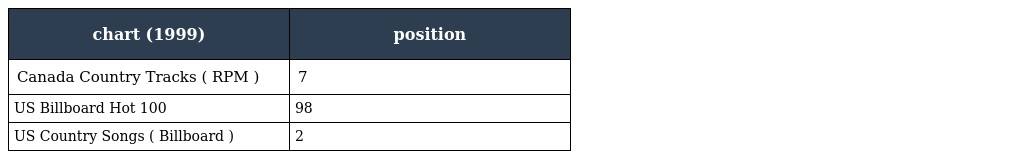
| chart (1999) | position |
 | --- | --- |
 | Canada Country Tracks ( RPM ) | 7 |
 | US Billboard Hot 100 | 98 |
 | US Country Songs ( Billboard ) | 2 |